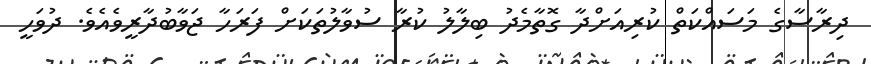
ދިރާސާގެ މަސައްކަތް ކުރިއަށްދާ ގޮތާމެދު ބިލާލު ކުރާ ސުވާލުތަކަށް ފަރަހާ ޖަވާބުދާރީވެއެވެ. ދުވަހީ